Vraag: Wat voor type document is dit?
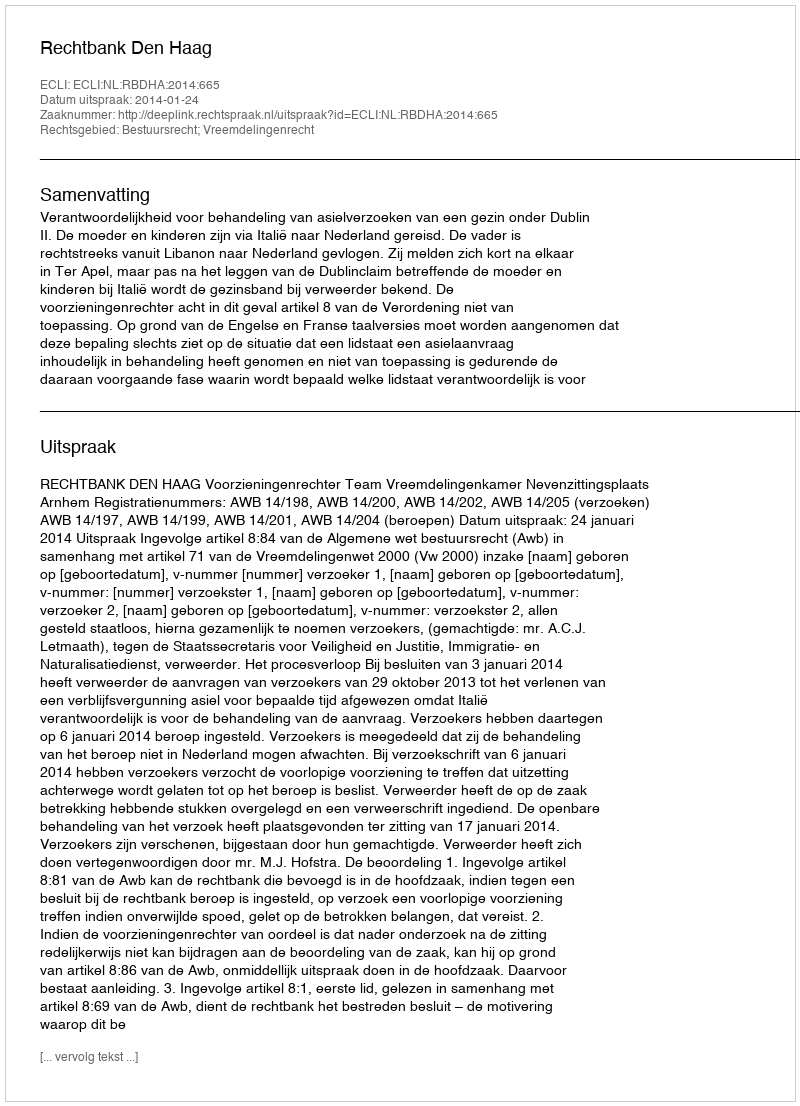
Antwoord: Uitspraak